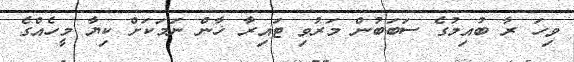
ވިހަ ރާ ބުއިމުގެ ސަބަބުން މަރުވި ޓައިރާ ޚާން ނަމަކަށް ކިޔާ މީހެއްގެ